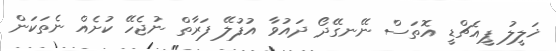
ޚަލީލު ޕީއެޗްޑީ އޮތަސް ނޭނގޭދޯ ދައުވާ އުފުލޭ ފަރާތް ނުޖެހޭ ކުށެއް ނެތަކަން